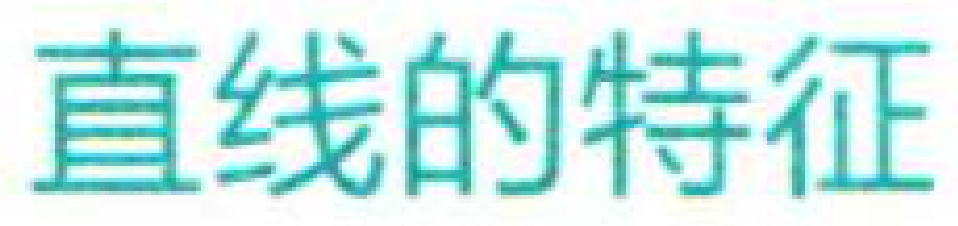
直线的特征